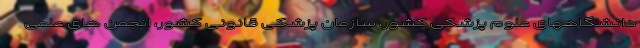
دانشگاههای علوم پزشکی کشور، سازمان پزشکی قانونی کشور، انجمن های علمی